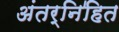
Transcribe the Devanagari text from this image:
अंतर्नि॑हित